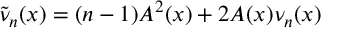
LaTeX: \tilde { \nu } _ { n } ( x ) = ( n - 1 ) A ^ { 2 } ( x ) + 2 A ( x ) \nu _ { n } ( x )